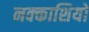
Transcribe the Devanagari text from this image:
नक्‍काशियो